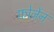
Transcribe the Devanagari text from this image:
फ़ोर्जेन